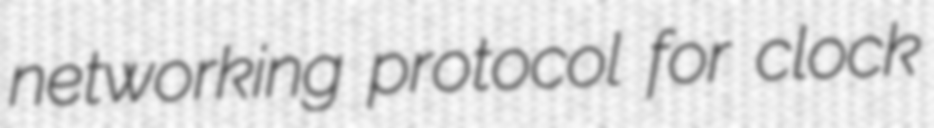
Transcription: networking protocol for clock